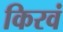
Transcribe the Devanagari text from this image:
किरवं